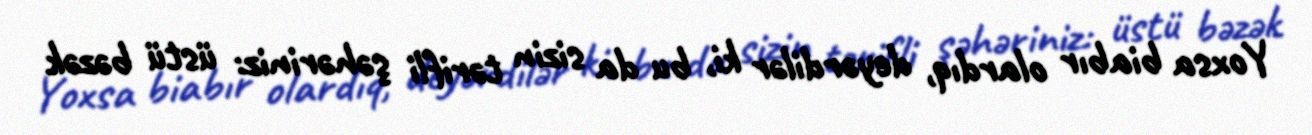
Yoxsa biabır olardıq, deyərdilər ki, bu da sizin tərifli şəhəriniz: üstü bəzək